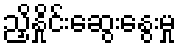
ညှိနှိုင်းဆွေးနွေးမှု